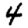
Digit: 4